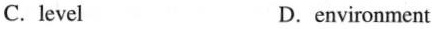
C.level